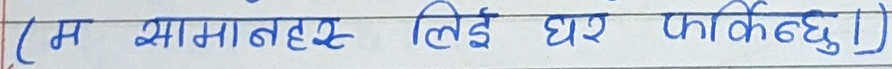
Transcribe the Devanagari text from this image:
(म सामानहरू लिई घर फर्किन्छु।)